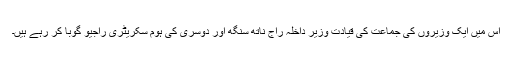
اس میں ایک وزیروں کی جماعت کی قیادت وزیر داخلہ راج ناتھ سنگھ اور دوسری کی ہوم سکریٹری راجیو گوبا کر رہے ہیں۔